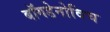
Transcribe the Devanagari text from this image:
बॉगडेनोविच